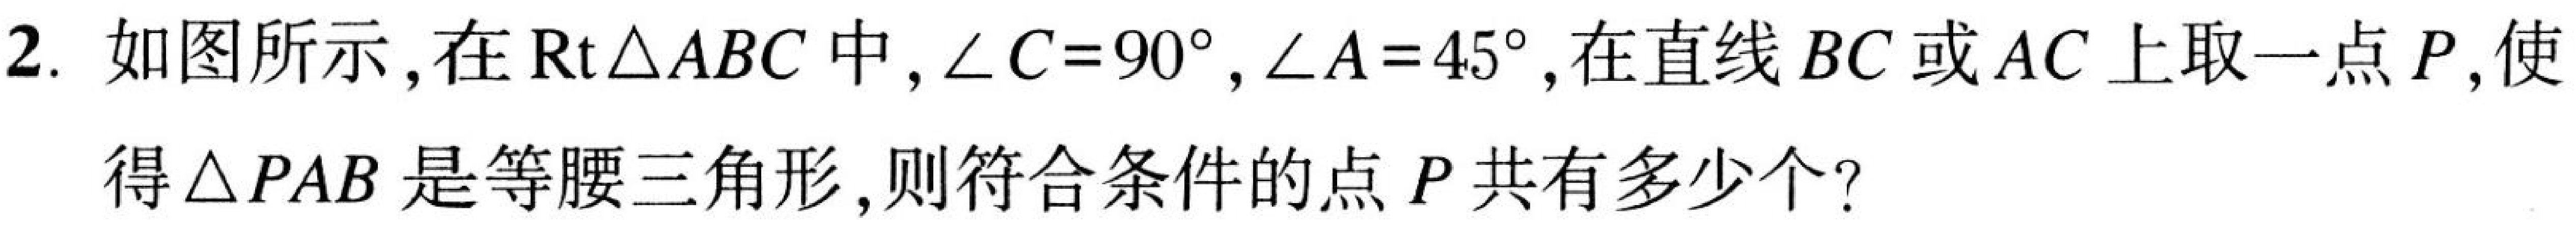
2. 如图所示, 在$\text{Rt}\triangle ABC$中,$\angle C = 90^{\circ},\angle A = 45^{\circ}$, 在直线$BC$或$AC$上取一点$P$, 使
得$\triangle PAB$是等腰三角形, 则符合条件的点$P$共有多少个?